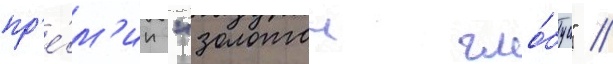
пр'е́м'ии "золотои гло́бус" //